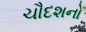
ચૌદશનો